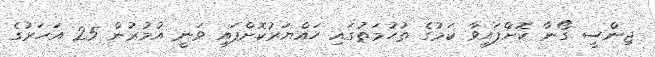
ޖިންސީ ގޯނާ ކޮށްފައިވާ ކަމުގެ ތުހުމަތުގައި ހައްޔަރުކޮށްފައި ވަނީ އުމުރުން 25 އަހަރުގެ